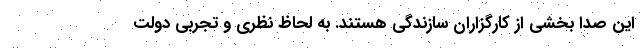
این صدا بخشی از کارگزاران سازندگی هستند. به ‌لحاظ نظری و تجربی دولت